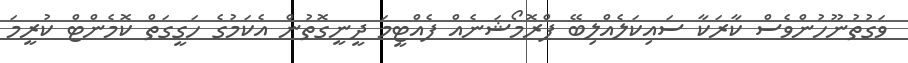
ވަގުތުނޫހުންވެސް ކާރަކާ ސައިކަލެއްލިބޭ ޕްރޮމޯޝަނެއް ފެއްޓީމަ ދީނީގޮތުން އެކަމުގެ ހަގީގަތް ކޮމެންޓް ކުރީމަ